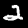
Label: 2